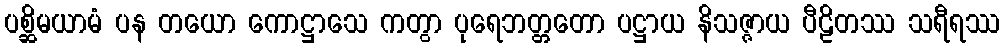
ပစ္ဆိမယာမံ ပန တယော ကောဋ္ဌာသေ ကတွာ ပုရေဘတ္တတော ပဋ္ဌာယ နိသဇ္ဇာယ ပီဠိတဿ သရီရဿ